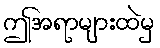
ဤအရာများထဲမှ